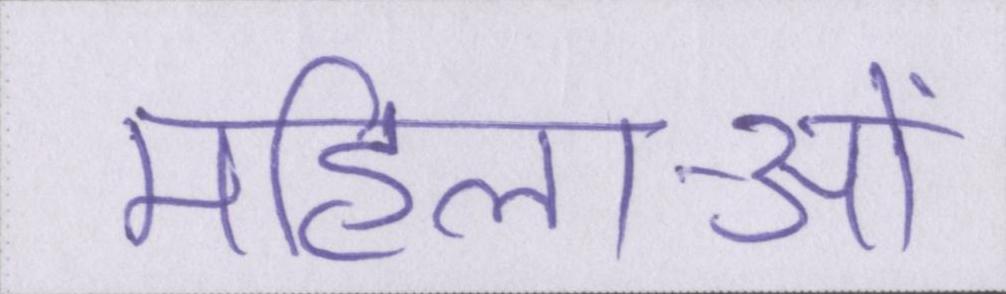
महिलाओं